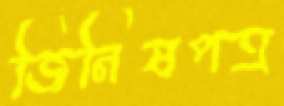
জিনিষপত্র